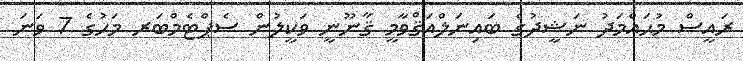
ރައީސް މުޙައްމަދު ނަޝީދުގެ ބައިނަލްއަޤްވާމީ ޤާނޫނީ ވަކީލުން ސެޕްޓެމްބަރ މަހުގެ 7 ވަނަ